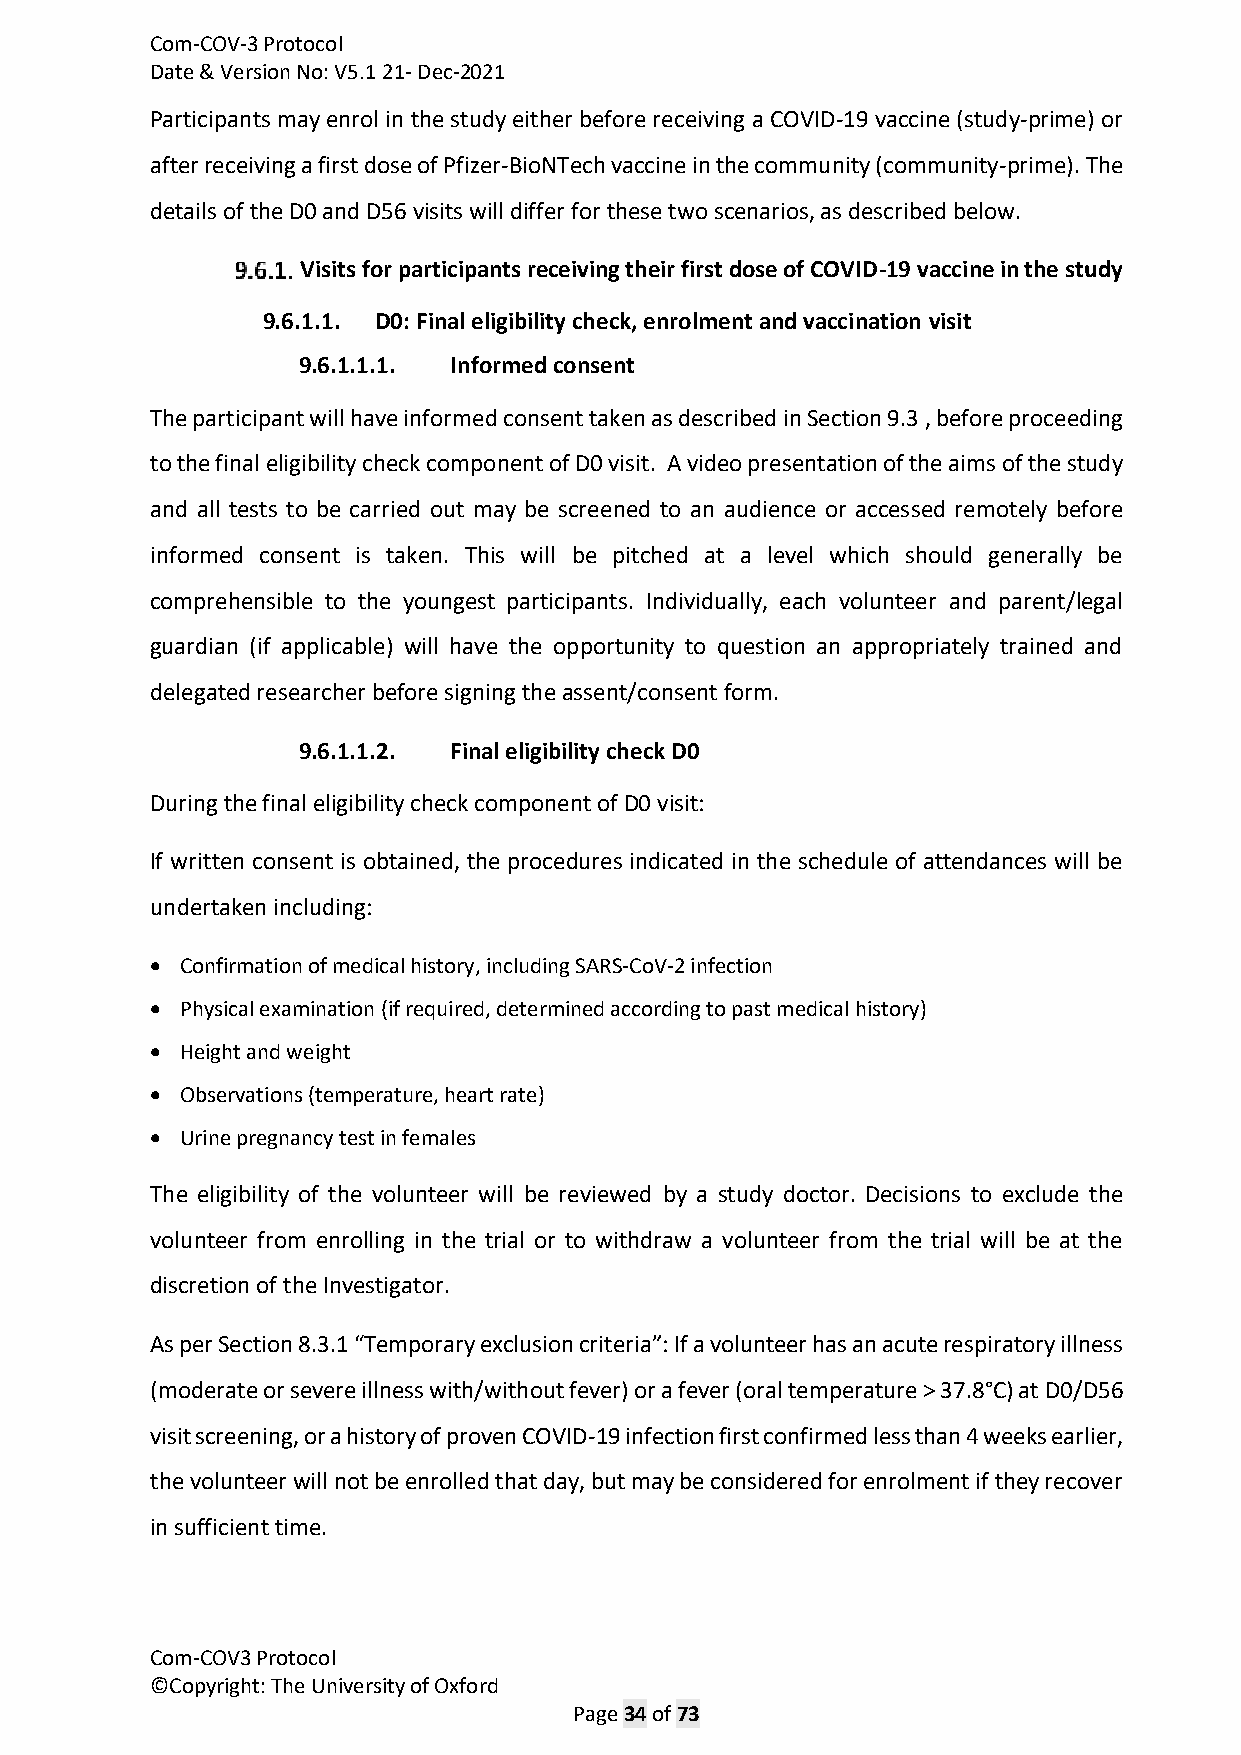
Com-COV-3 Protocol
 Date & Version No: V5.1 21- Dec-2021
 Participants may enrol in the study either before receiving a COVID-19 vaccine (study-prime) or
 after receiving a first dose of Pfizer-BioNTech vaccine in the community (community-prime). The
 details of the D0 and D56 visits will differ for these two scenarios, as described below.
 Visits for participants receiving their first dose of COVID-19 vaccine in the study
 9.6.1.1. D0: Final eligibility check, enrolment and vaccination visit
 9.6.1.1.1. Informed consent
 The participant will have informed consent taken as described in Section 9.3 , before proceeding
 to the final eligibility check component of D0 visit. A video presentation of the aims of the study
 and all tests to be carried out may be screened to an audience or accessed remotely before
 informed consent is taken. This will be pitched at a level which should generally be
 comprehensible to the youngest participants. Individually, each volunteer and parent/legal
 guardian (if applicable) will have the opportunity to question an appropriately trained and
 delegated researcher before signing the assent/consent form.
 9.6.1.1.2. Final eligibility check D0
 During the final eligibility check component of D0 visit:
 If written consent is obtained, the procedures indicated in the schedule of attendances will be
 undertaken including:
 • Confirmation of medical history, including SARS-CoV-2 infection
 • Physical examination (if required, determined according to past medical history)
 • Height and weight
 • Observations (temperature, heart rate)
 • Urine pregnancy test in females
 The eligibility of the volunteer will be reviewed by a study doctor. Decisions to exclude the
 volunteer from enrolling in the trial or to withdraw a volunteer from the trial will be at the
 discretion of the Investigator.
 As per Section 8.3.1 “Temporary exclusion criteria”: If a volunteer has an acute respiratory illness
 (moderate or severe illness with/without fever) or a fever (oral temperature > 37.8°C) at D0/D56
 visit screening, or a history of proven COVID-19 infection first confirmed less than 4 weeks earlier,
 the volunteer will not be enrolled that day, but may be considered for enrolment if they recover
 in sufficient time.
 Com-COV3 Protocol
 ©Copyright: The University of Oxford
 Page 34 of 73